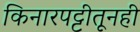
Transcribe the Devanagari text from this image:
किनारपट्टीतूनही